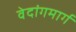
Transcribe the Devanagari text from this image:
वेदांगमार्ग